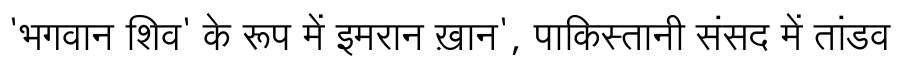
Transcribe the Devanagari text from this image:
'भगवान शिव' के रूप में इमरान ख़ान', पाकिस्तानी संसद में तांडव